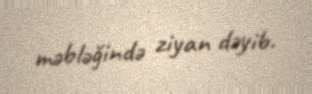
məbləğində ziyan dəyib.